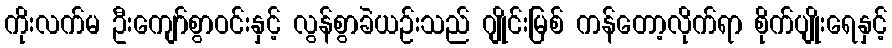
ကိုးလက်မ ဦးကျော်စွာဝင်းနှင့် လွန်စွာခဲယဉ်းသည် ဂျိုင်းမြစ် ကန်တော့လိုက်ရာ စိုက်ပျိုးရေနှင့်